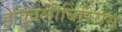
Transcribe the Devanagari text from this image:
इक्विलीबिरियम